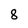
Character: 8